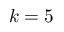
k = 5